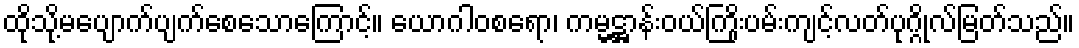
ထိုသို့မပျောက်ပျက်စေသောကြောင့်။ ယောဂါဝစရော၊ ကမ္မဋ္ဌာန်းဝယ်ကြိုးပမ်းကျင့်လတ်ပုဂ္ဂိုလ်မြတ်သည်။